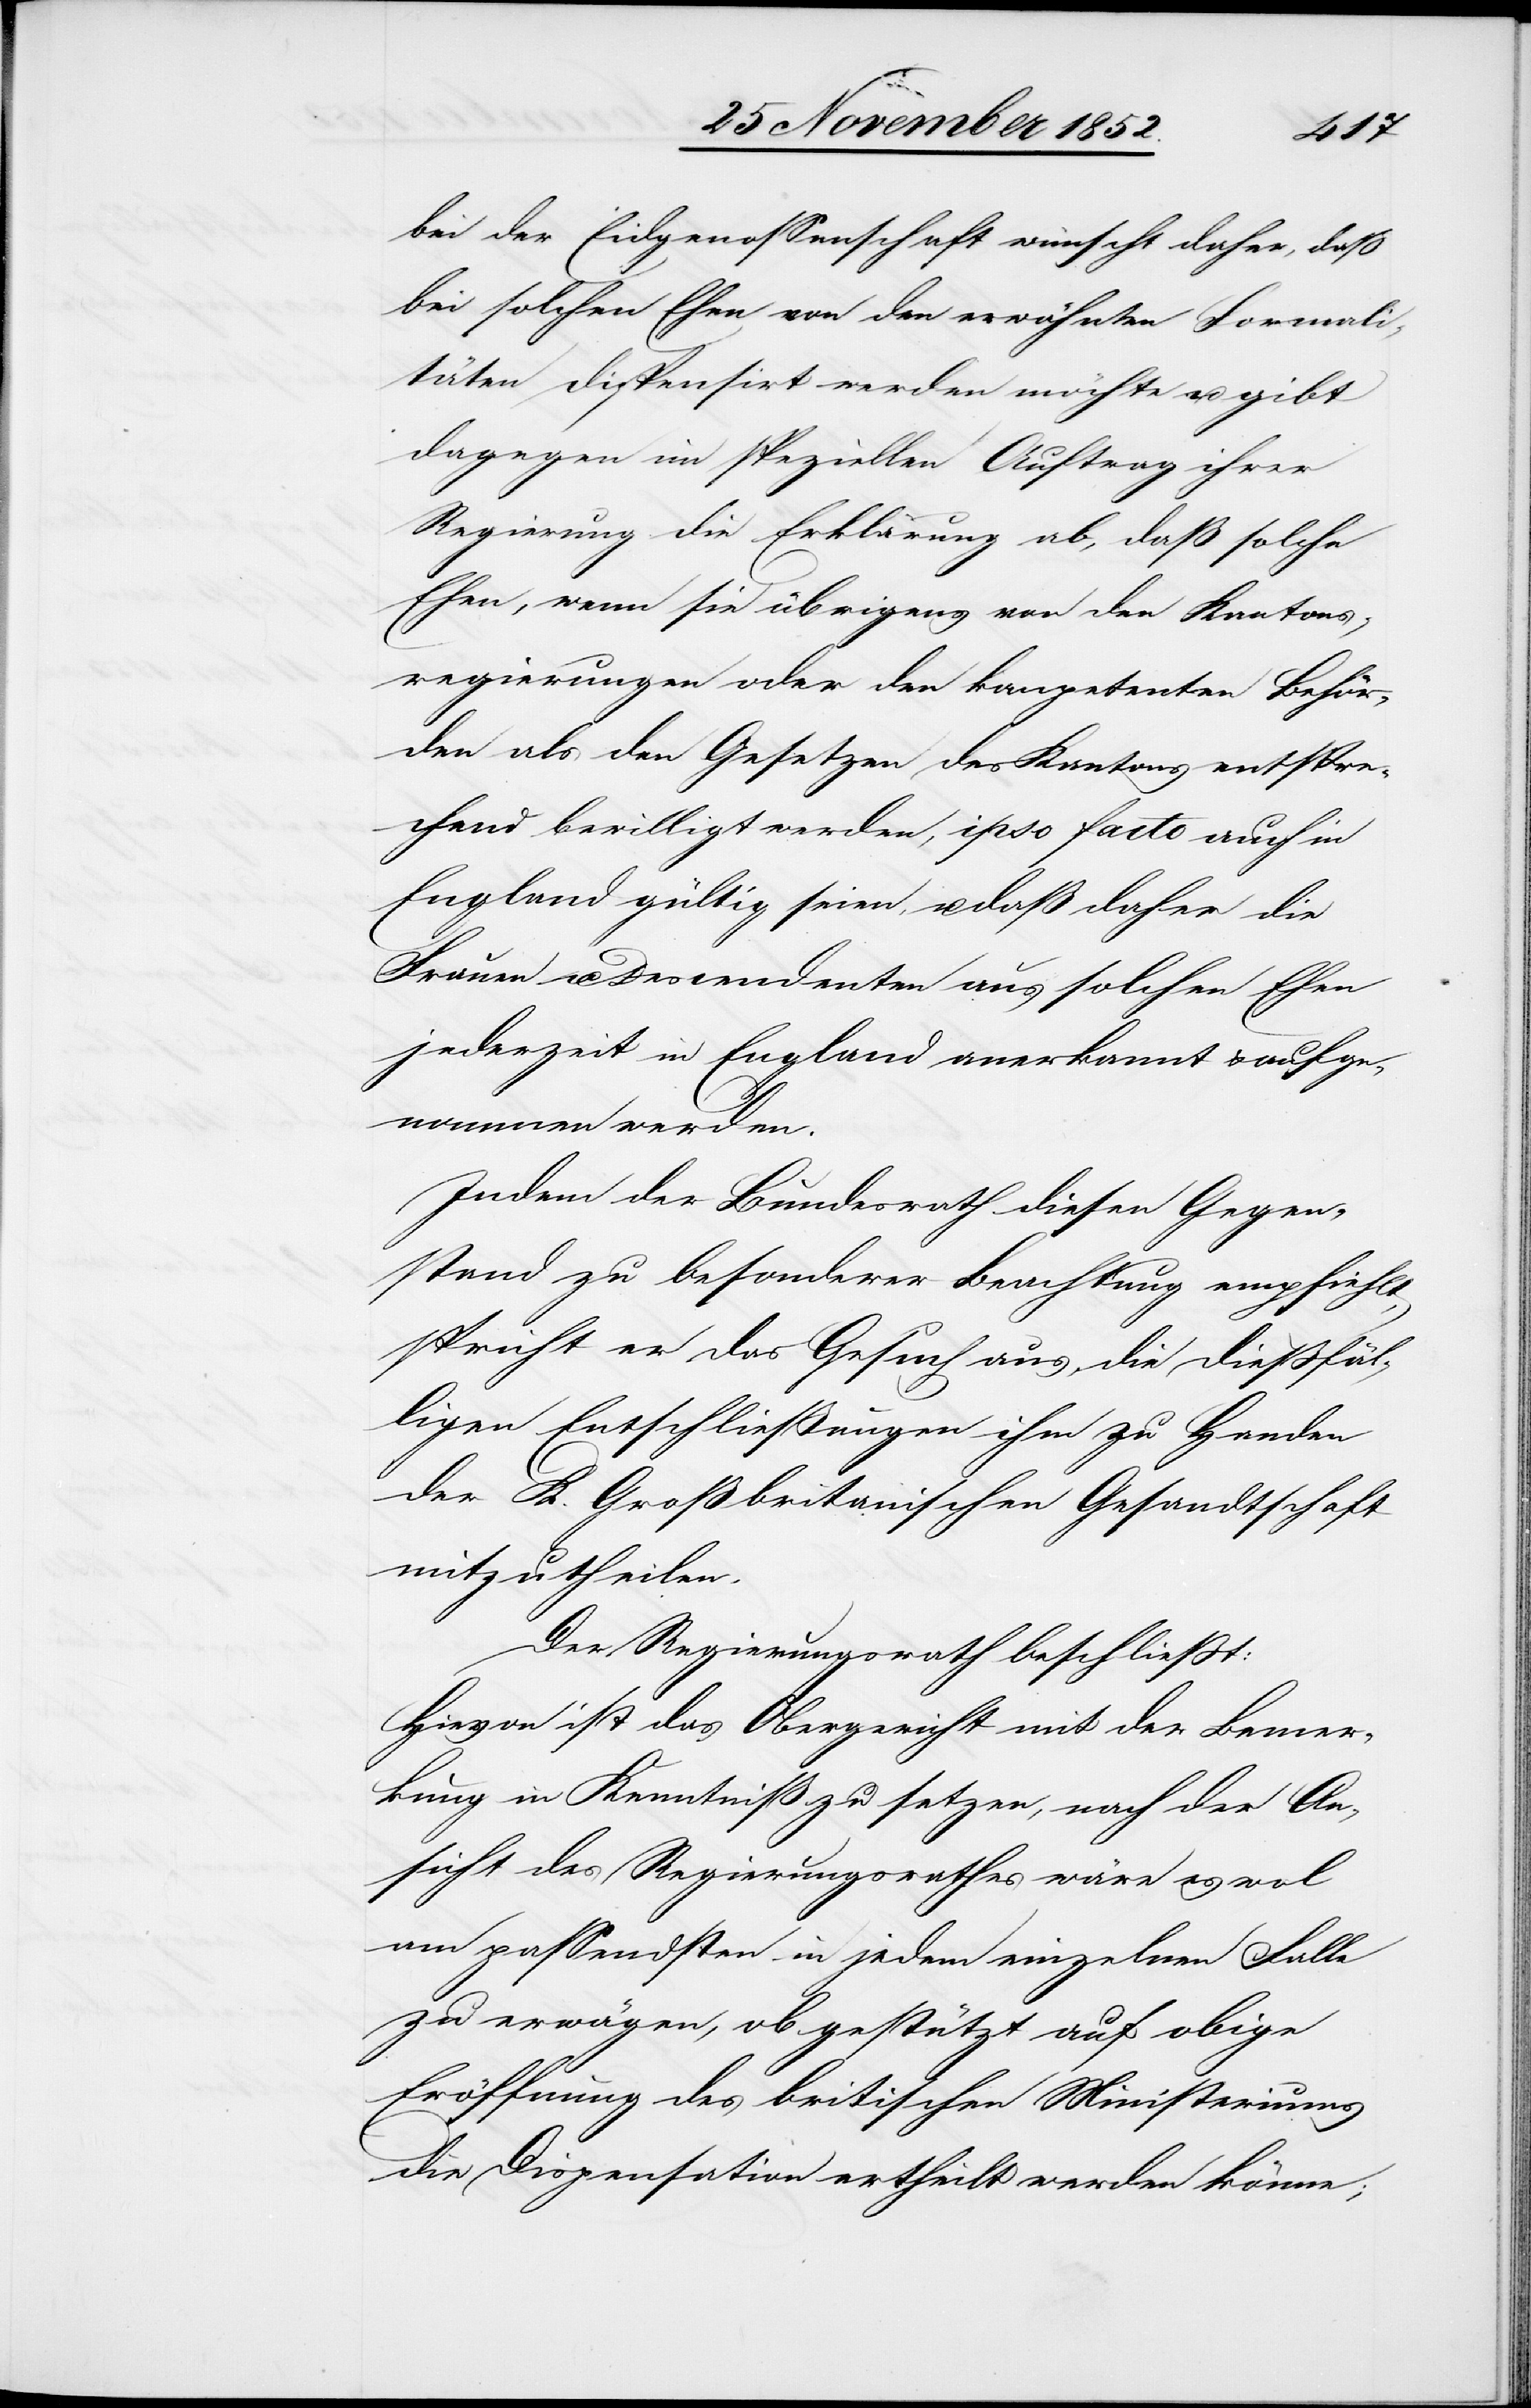
bei der Eidgenossenschaft wünscht daher, daß
bei solchen Ehen von den erwähnten Formali¬
täten dispensirt werden möchte u. gibt
dagegen im speziellen Auftrag ihrer
Regierung die Erklärung ab, daß solche
Ehen, wenn sie übrigens von den Kantons¬
regierungen oder den kompetenten Behör¬
den als den Gesetzen des Kantons entspre¬
chend bewilligt werden, ipso facto auch in
England gültig seien, u. daß daher die
Frauen u. Descendenten aus solchen Ehen
jederzeit in England anerkannt & aufge¬
nommen werden.
Indem der Bundesrath diesen Gegen¬
stand zu besonderer Beachtung empfiehlt,
spricht er das Gesuch aus, die dießfäl¬
ligen Entschließungen ihm zu Handen
der K. Großbritanischen Gesandtschaft
mitzutheilen.
Der Regierungsrath beschließt:
Hievon ist das Obergericht mit der Bemer¬
kung in Kenntniß zu setzen, nach der An¬
sicht des Regierungsrathes wäre es wol
am passendsten in jedem einzelnen Falle
zu erwägen, ob gestützt auf obige
Eröffnung des britischen Ministeriums
die Dispensation ertheilt werden könne;